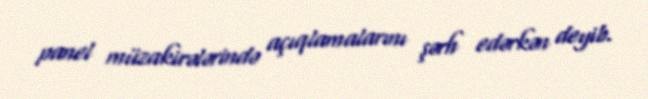
panel müzakirələrində açıqlamalarını şərh edərkən deyib.